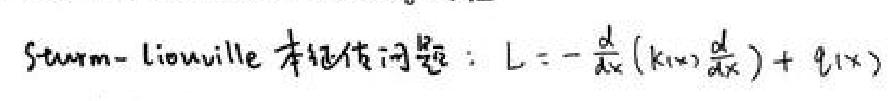
Sturm - Liouville 本征值问题: $L:=-\frac{d}{dx}(k(x)\frac{d}{dx})+q(x)$